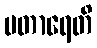
ပတာရေတိ